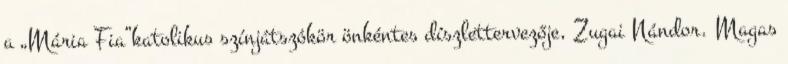
a „Mária Fia”katolikus színjátszókör önkéntes díszlettervezője, Zugai Nándor. Magas